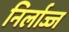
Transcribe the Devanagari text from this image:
निर्लाज्ज